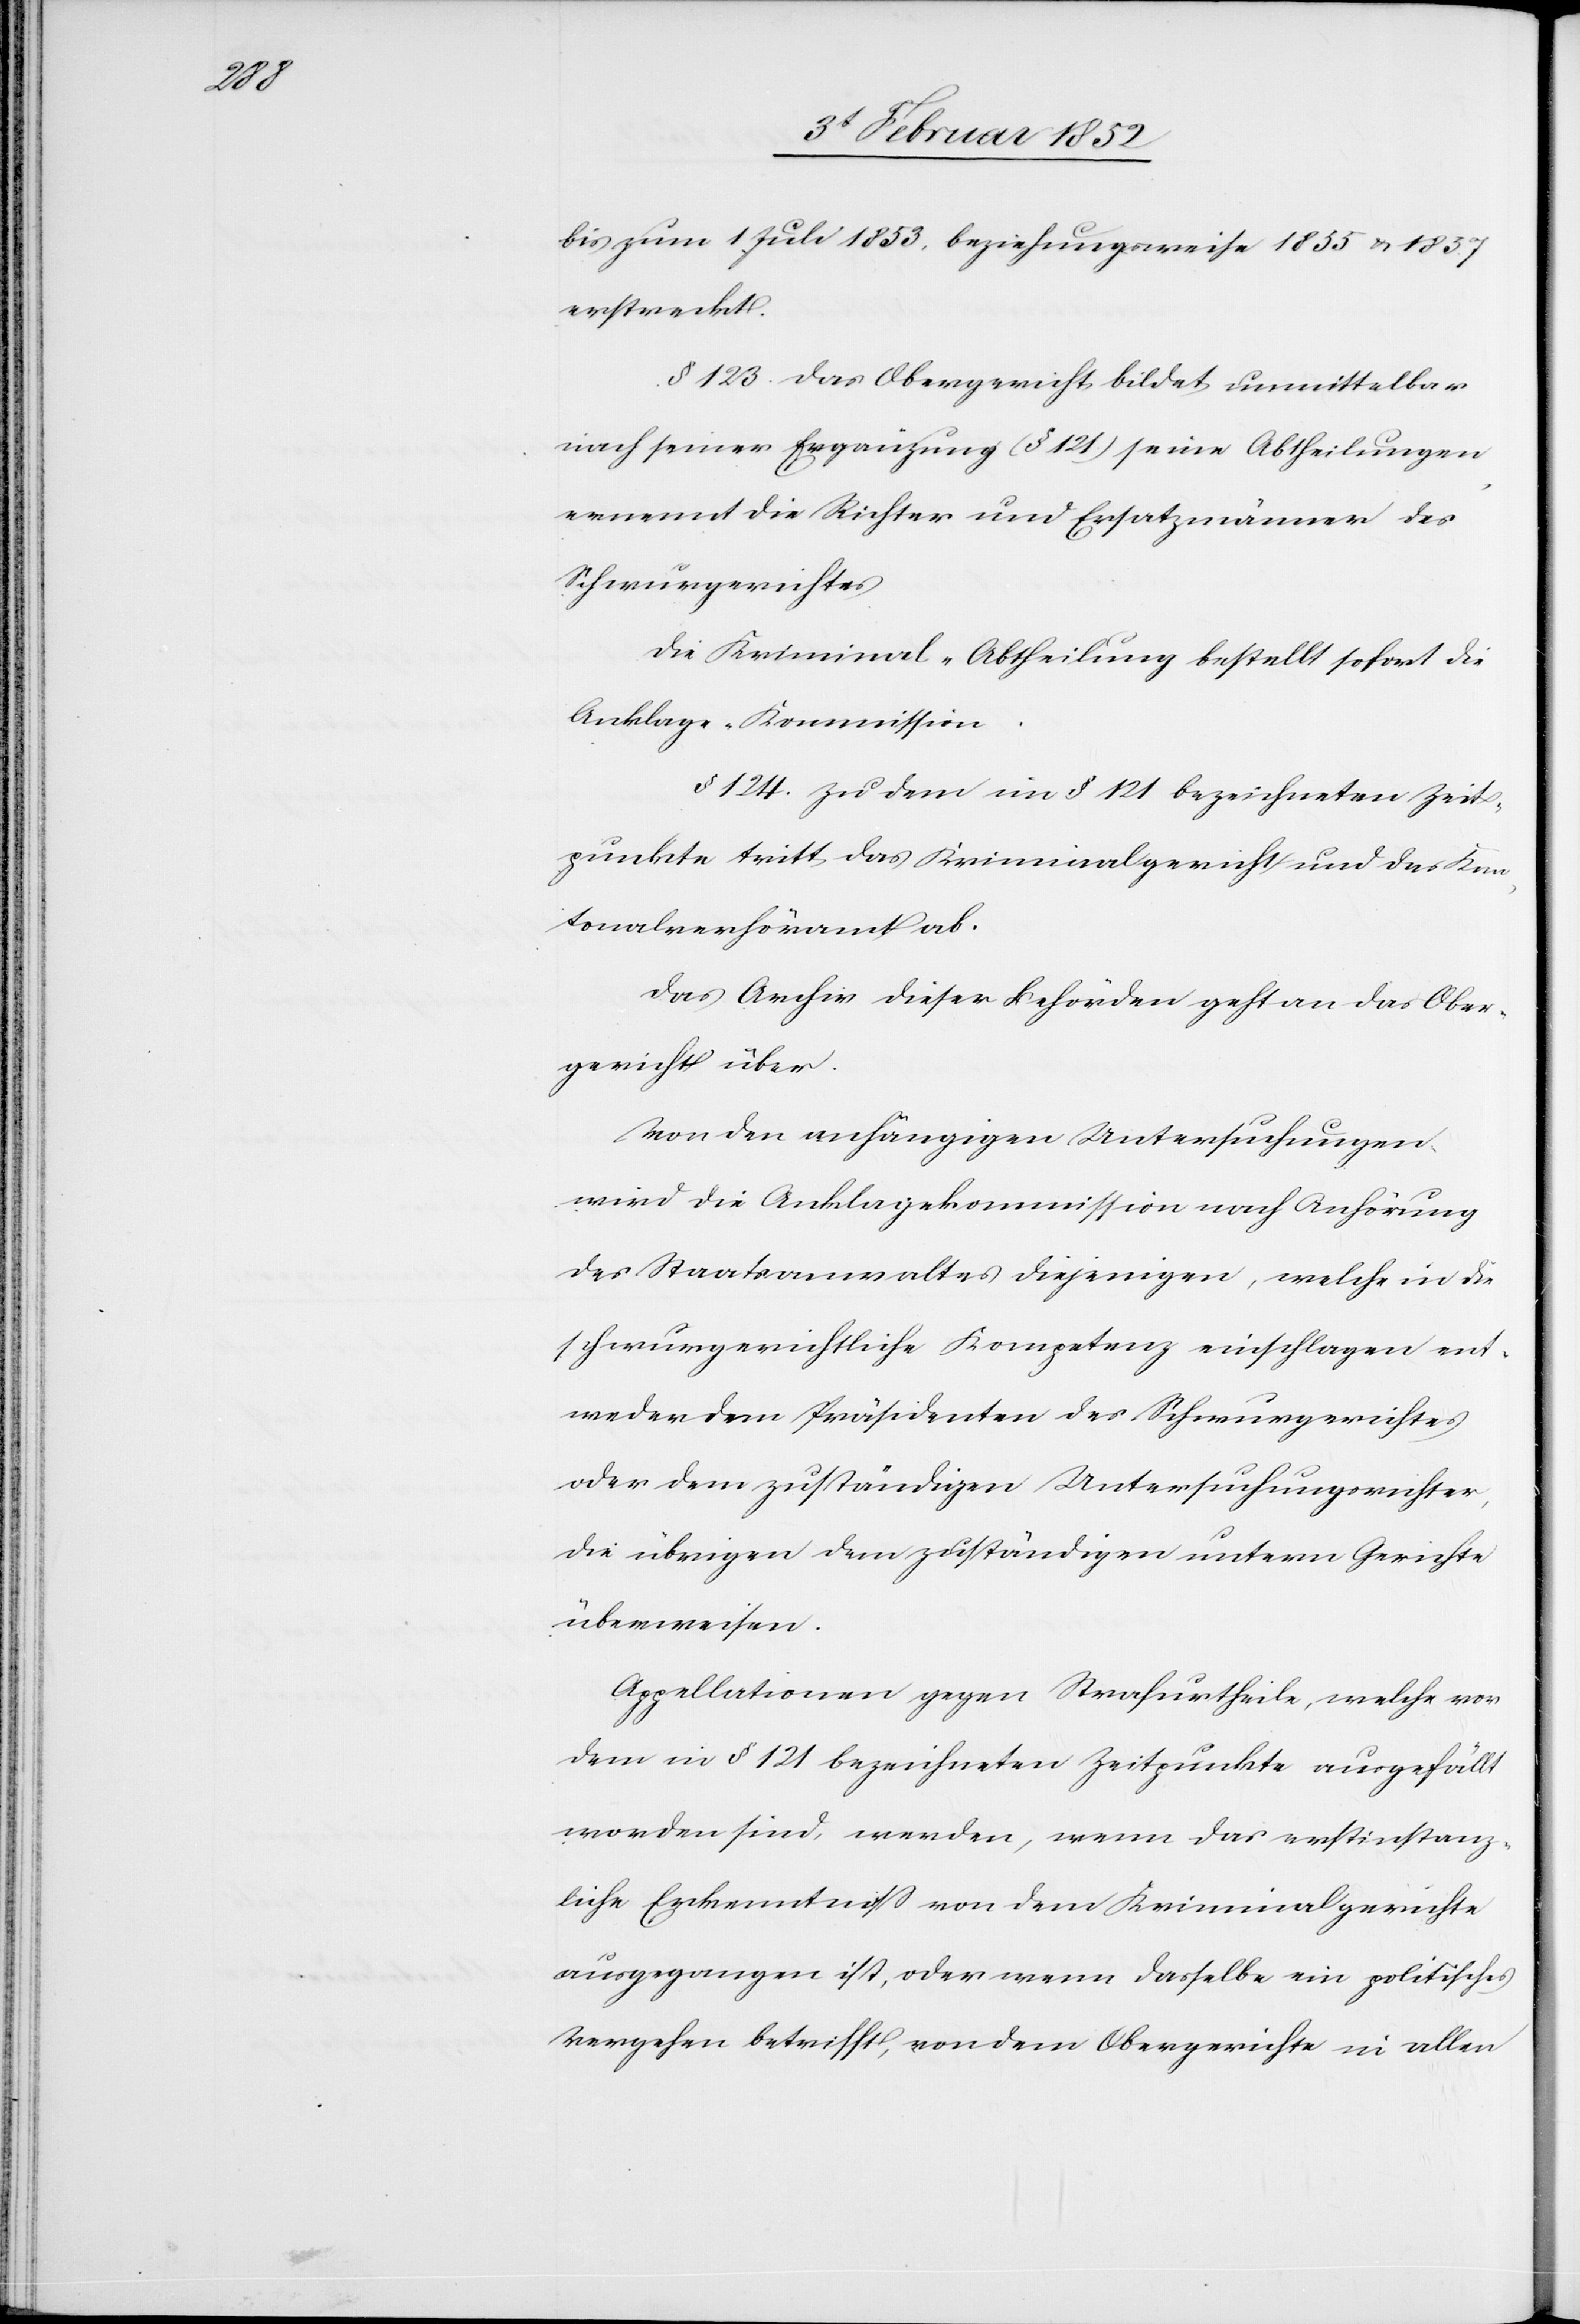
je

bis zum 1 Juli 1853. beziehungsweise 1855 u. 1857
erstreckt.
§ 123. Das Obergericht bildet unmittelbar
nach seiner Ergänzung (§ 121.) seine Abtheilungen
ernennt die Richter und Ersatzmänner des
Schwurgerichtes.
Die Kriminal-Abtheilung bestellt sofort die
Anklage-Kommission.
§ 124. Zu dem im § 121 bezeichneten Zeit¬
punkte tritt das Kriminalgericht und das Kan¬
tonalverhöramt ab.
Das Archiv dieser Behörden geht an das Ober¬
gericht über.
Von den anhängigen Untersuchungen
wird die Anklagekommission nach Anhörung
des Staatsanwaltes diejenigen, welche in die
schwurgerichtliche Kompetenz einschlagen ent¬
weder dem Präsidenten des Schwurgerichtes
oder dem zuständigen Untersuchungsrichter,
die übrigen dem zuständigen unterm Gerichte
überweisen.
Appellationen gegen Strafurtheile, welche vor
dem in § 121 bezeichneten Zeitpunkte ausgefällt
worden sind, werden, wenn das erstinstanz¬
liche Erkenntniß von dem Kriminalgerichte
ausgegangen ist, oder wenn dasselbe ein politisches
Vergehen betrifft, von dem Obergerichte in allen